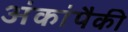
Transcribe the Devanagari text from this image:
अंकांपैकी